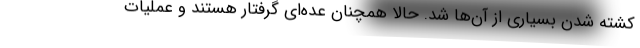
کشته شدن بسیاری از آن‌ها شد. حالا همچنان عده‌ای گرفتار هستند و عملیات